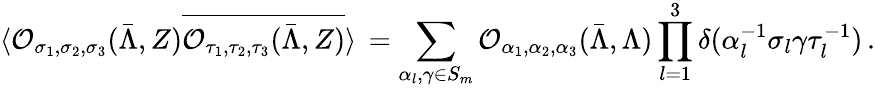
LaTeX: \langle\mathcal{O}_{\sigma_{1},\sigma_{2},\sigma_{3}}(\bar{\Lambda},Z)\overline{{\mathcal{O}_{\tau_{1},\tau_{2},\tau_{3}}(\bar{\Lambda},Z)}}\rangle\, =\sum_{\alpha_{l},\gamma\in S_{m}}\mathcal{O}_{\alpha_{1},\alpha_{2},\alpha_{3}}(\bar{\Lambda},\Lambda)\prod_{l=1}^{3}\delta(\alpha_{l}^{-1}\sigma_{l}\gamma\tau_{l}^{-1})\, .